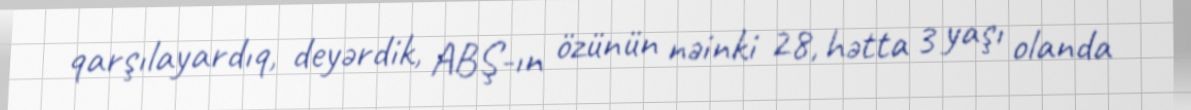
qarşılayardıq, deyərdik, ABŞ-ın özünün nəinki 28, hətta 3 yaşı olanda